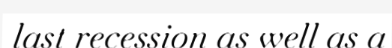
last recession as well as a